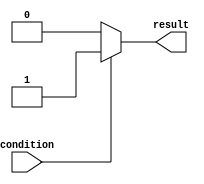
module if_else_statement (
    input wire condition,
    output reg result
);

always @(*) begin
    if (~condition) begin
        // code block to execute if condition is false
        result <= 0;
    end
    else begin
        // code block to execute if condition is true
        result <= 1;
    end
end

endmodule